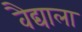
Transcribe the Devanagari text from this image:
वैद्याला